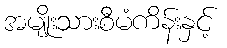
အမျိုးသားစီမံကိန်းနှင့်